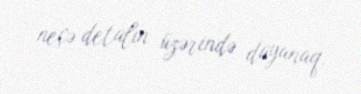
neçə detalın üzərində dayanaq.